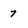
Character: 7